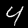
Digit: 4